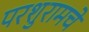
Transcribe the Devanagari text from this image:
परशुरामचे